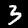
Label: 3